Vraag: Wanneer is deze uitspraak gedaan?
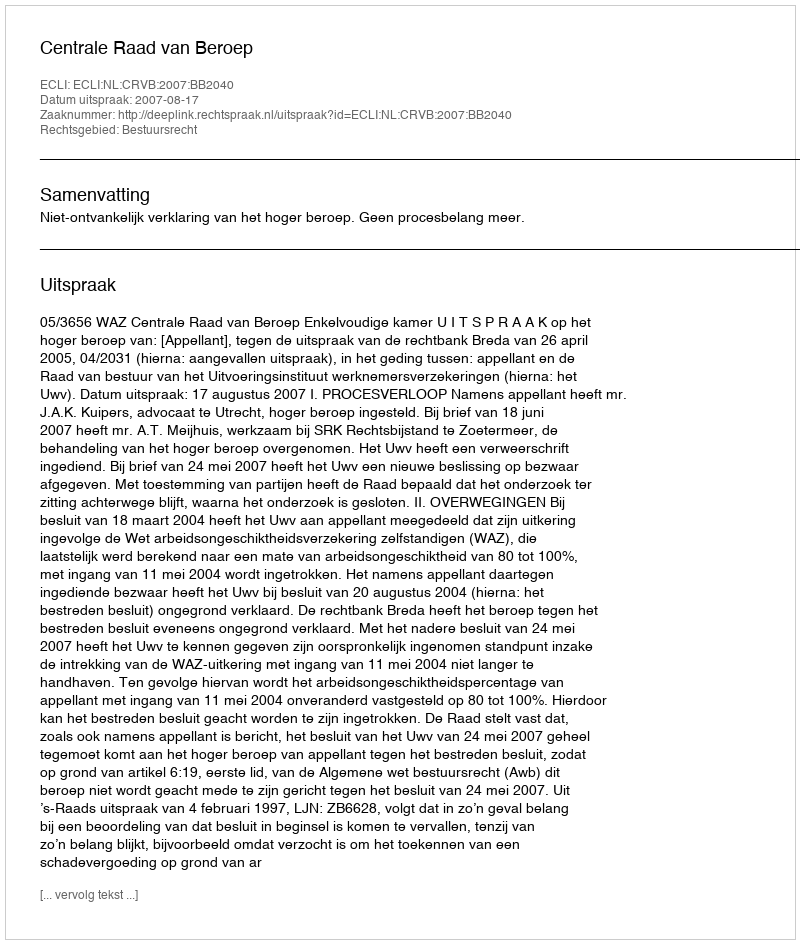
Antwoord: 2007-08-17